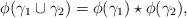
LaTeX: \begin{align*}\phi(\gamma_1\cup\gamma_2)=\phi(\gamma_1)\star\phi(\gamma_2),\end{align*}